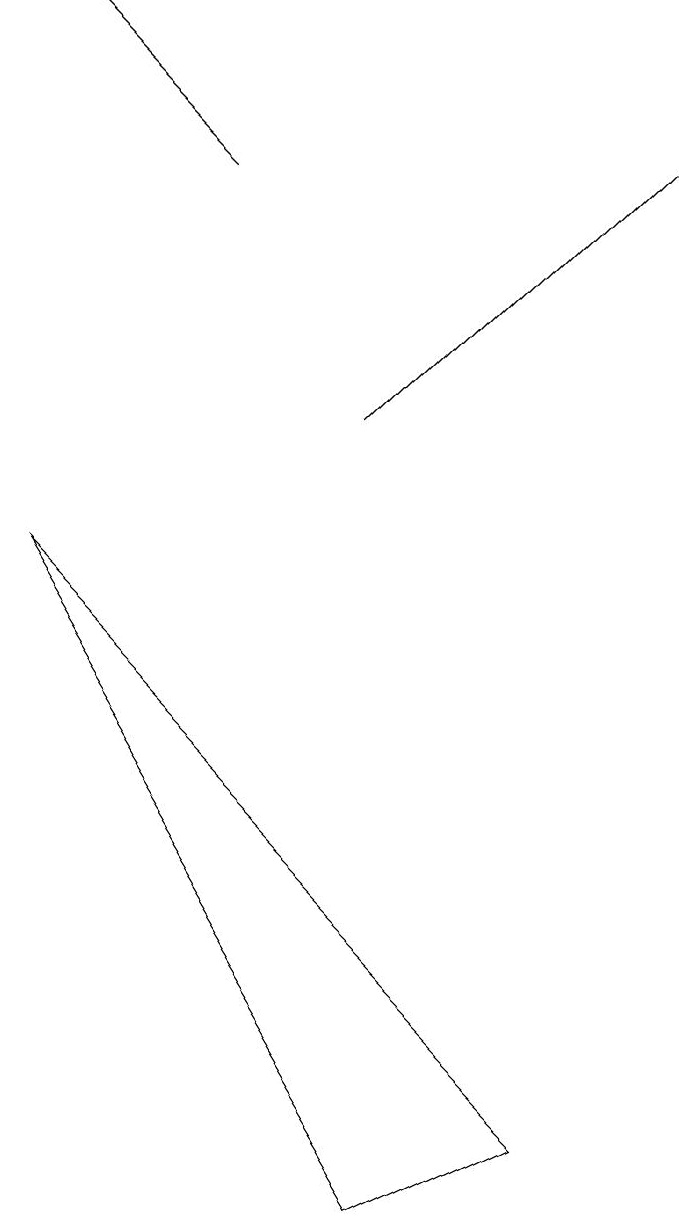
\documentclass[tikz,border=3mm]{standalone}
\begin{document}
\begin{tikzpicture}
\draw[->] (5,11) -- (9,15);
\draw[->] (3,14) -- (1,16);
\draw (1,9) -- (6,1) -- (8,2) -- cycle;
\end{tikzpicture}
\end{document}